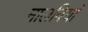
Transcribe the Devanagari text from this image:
मालवियां